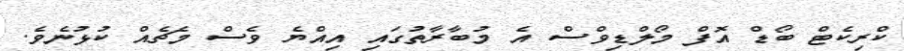
ކްރިކެޓް ބޯޑް އޮފް މޯލްޑިވްސް އެ މުބާރާތުގައި އިއްޔެ ވެސް މެޗެއް ކުޅުނެވެ.